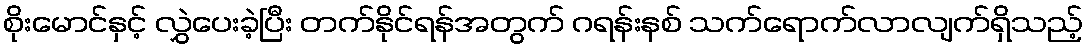
စိုးမောင်နှင့် လွှဲပေးခဲ့ပြီး တက်နိုင်ရန်အတွက် ဂရန်းနစ် သက်ရောက်လာလျက်ရှိသည့်